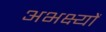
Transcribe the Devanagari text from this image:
अभक्ष्यों